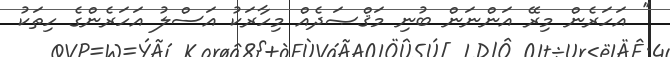
'' އަހަރެން މިރޭ އަންނަން ބުނި މަޤްޞަދެއް މިހާރަކު އަސްލު އަހަރެންގެ ހިތަކު